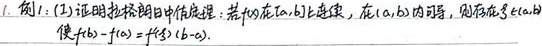
1. 例：
(1) 证明拉格朗日中值定理：若\(f(x)\)在\([a,b]\)上连续，在\((a,b)\)内可导，则存在\(\xi\in(a,b)\)使\(f(b)-f(a)=f^{\prime}(\xi)(b - a)\)。